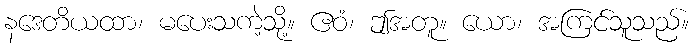
နဒေတိယထာ၊ မပေးသကဲ့သို့။ ဧဝံ၊ ဤအတူ။ ယော၊ အကြင်သူသည်။